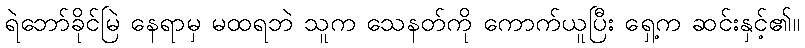
ရဲဘော်ခိုင်မြဲ နေရာမှ မထရဘဲ သူက သေနတ်ကို ကောက်ယူပြီး ရှေ့က ဆင်းနှင့်၏။